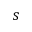
s